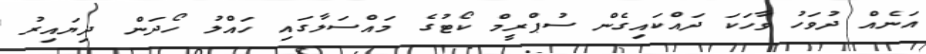
އަނެއް ދުވަހު ވާހަކަ ދައްކައިގެން ސުޕްރީމް ކޯޓުގެ މައްސަލާގައި ހައްލު ހޯދަން ދިޔައިރު